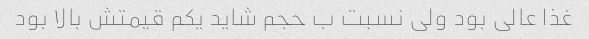
غذا عالی بود ولی نسبت ب حجم شاید یکم قیمتش بالا بود